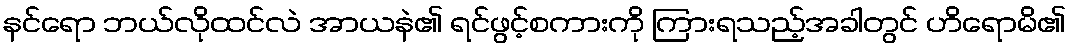
နင်ရော ဘယ်လိုထင်လဲ အာယနဲ၏ ရင်ဖွင့်စကားကို ကြားရသည့်အခါတွင် ဟိရောမိ၏